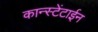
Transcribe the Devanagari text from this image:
कान्स्टेंटाईन